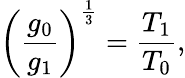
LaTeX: \left({\frac{g_{0}}{g_{1}}}\right)^{\frac{1}{3}}={\frac{T_{1}}{T_{0}}},